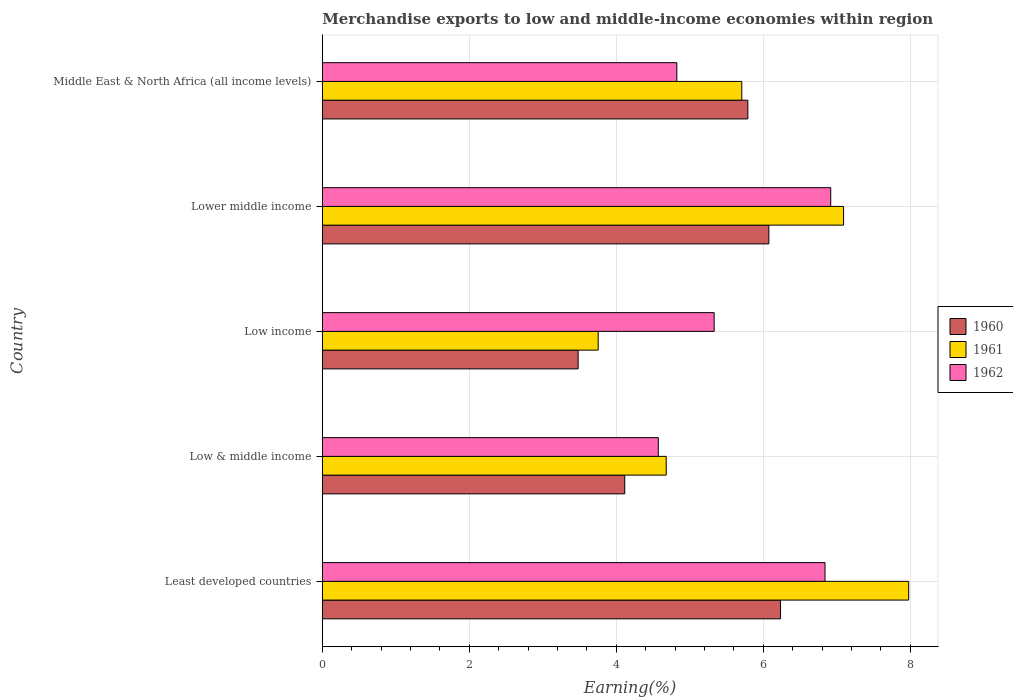
| Country | 1960 | 1961 | 1962 |
 | --- | --- | --- | --- |
 | Least developed countries | 6.23 | 7.98 | 6.84 |
 | Low & middle income | 4.11 | 4.68 | 4.57 |
 | Low income | 3.48 | 3.75 | 5.33 |
 | Lower middle income | 6.07 | 7.09 | 6.92 |
 | Middle East & North Africa (all income levels) | 5.79 | 5.71 | 4.82 |